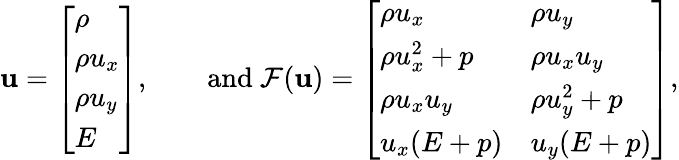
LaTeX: \mathbf{u}=\left[\begin{array}{l}{\rho}\\ {\rho u_{x}}\\ {\rho u_{y}}\\ {E}\end{array}\right],\qquad\mathrm{and}~\mathcal F(\mathbf{u})=\left[\begin{array}{ll}{\rho u_{x}}&{\rho u_{y}}\\ {\rho u_{x}^{2}+p}&{\rho u_{x}u_{y}}\\ {\rho u_{x}u_{y}}&{\rho u_{y}^{2}+p}\\ {u_{x}(E+p)}&{u_{y}(E+p)}\end{array}\right],